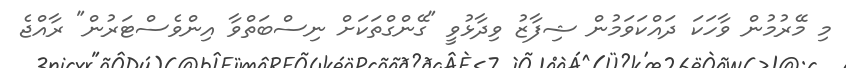
މި މޭރުމުން ވާހަކަ ދައްކަވަމުން ޝިފާޒު ވިދާޅުވީ "ގޭންގްތަކަށް ނިސްބަތްވާ އިންވެސްޓަރުން" ރާއްޖެ